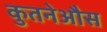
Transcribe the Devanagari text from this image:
कुतनेऔस